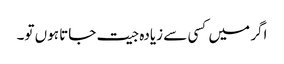
اگر میں کسی سے زیادہ جیت جاتا ہوں تو۔